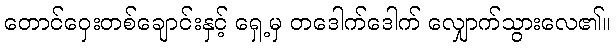
တောင်ဝှေးတစ်ချောင်းနှင့် ရှေ့မှ တဒေါက်ဒေါက် လျှောက်သွားလေ၏။